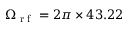
\Omega _ { \textrm { r f } } = 2 \pi \times 4 3 . 2 2